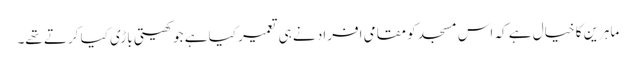
ماہرین کا خیال ہے کہ اس مسجد کو مقامی افراد نے ہی تعمیر کیا ہے جو کھیتی باڑی کیا کرتے تھے۔